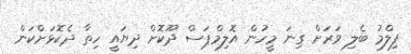
ފިލްމު ބެލި ވަރަށް ގިނަ މީހުން އޮލިމްޕަސް ދޫކޮށް ދިޔައީ ހިތާ ދެކޮޅަށްކަން